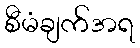
စီမံချက်အရ